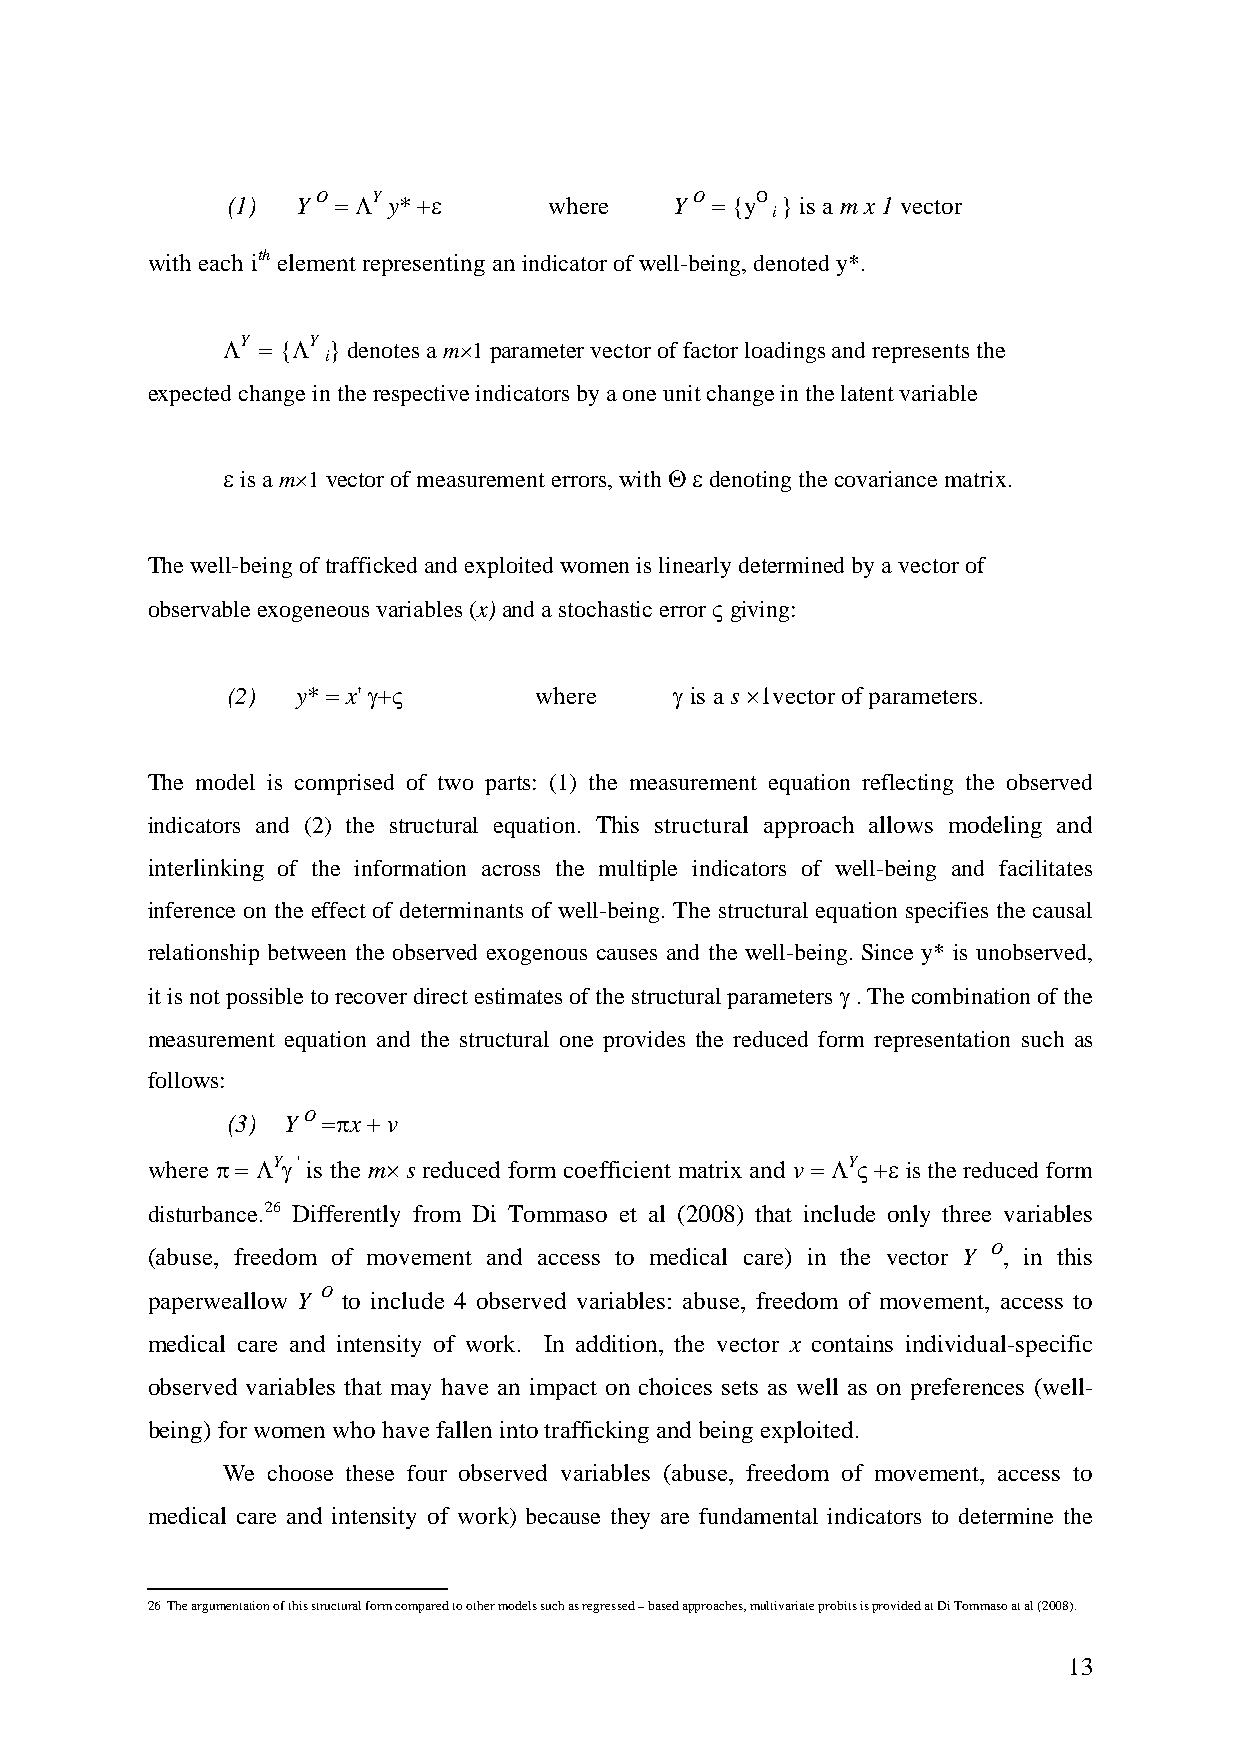
(1)  Y O = ΛY y* +ε  where    Y O = {yO } is a m x 1 vector
 i
 with each ith element representing an indicator of well-being, denoted y*.
 ΛY = {ΛY } denotes a m×1 parameter vector of factor loadings and represents the
 i
 expected change in the respective indicators by a one unit change in the latent variable
 ε is a m×1 vector of measurement errors, with Θ ε denoting the covariance matrix.
 The well-being of trafficked and exploited women is linearly determined by a vector of
 observable exogeneous variables (x) and a stochastic error ς giving:
 (2)  y* = x' γ+ς    where     γ is a s ×1vector of parameters.
 The model is comprised of two parts: (1) the measurement equation reflecting the observed
 indicators and (2) the structural equation. This structural approach allows modeling and
 interlinking of the information across the multiple indicators of well-being and facilitates
 inference on the effect of determinants of well-being. The structural equation specifies the causal
 relationship between the observed exogenous causes and the well-being. Since y* is unobserved,
 it is not possible to recover direct estimates of the structural parameters γ . The combination of the
 measurement equation and the structural one provides the reduced form representation such as
 follows:
 (3) Y O =πx + v
 where π = ΛYγ ' is the m× s reduced form coefficient matrix and v = ΛYς +ε is the reduced form
 disturbance.26 Differently from Di Tommaso et al (2008) that include only three variables
 (abuse, freedom of movement and access to medical care) in the vector Y O, in this
 paperweallow Y O to include 4 observed variables: abuse, freedom of movement, access to
 medical care and intensity of work. In addition, the vector x contains individual-specific
 observed variables that may have an impact on choices sets as well as on preferences (well-
 being) for women who have fallen into trafficking and being exploited.
 We choose these four observed variables (abuse, freedom of movement, access to
 medical care and intensity of work) because they are fundamental indicators to determine the
 26 The argumentation of this structural form compared to other models such as regressed – based approaches, multivariate probits is provided at Di Tommaso at al (2008).
 13